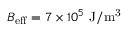
B _ { \mathrm { e f f } } = 7 \times 1 0 ^ { 5 } ~ \mathrm { J / m ^ { 3 } }